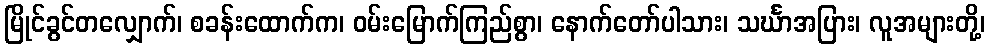
မြိုင်ခွင်တလျှောက်၊ စခန်းထောက်က၊ ဝမ်းမြောက်ကြည်စွာ၊ နောက်တော်ပါသား၊ သင်္ဃာအပြား၊ လူအများတို့၊